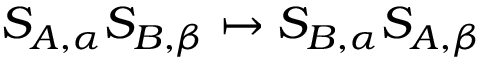
S _ { A , \alpha } S _ { B , \beta } \mapsto S _ { B , \alpha } S _ { A , \beta }